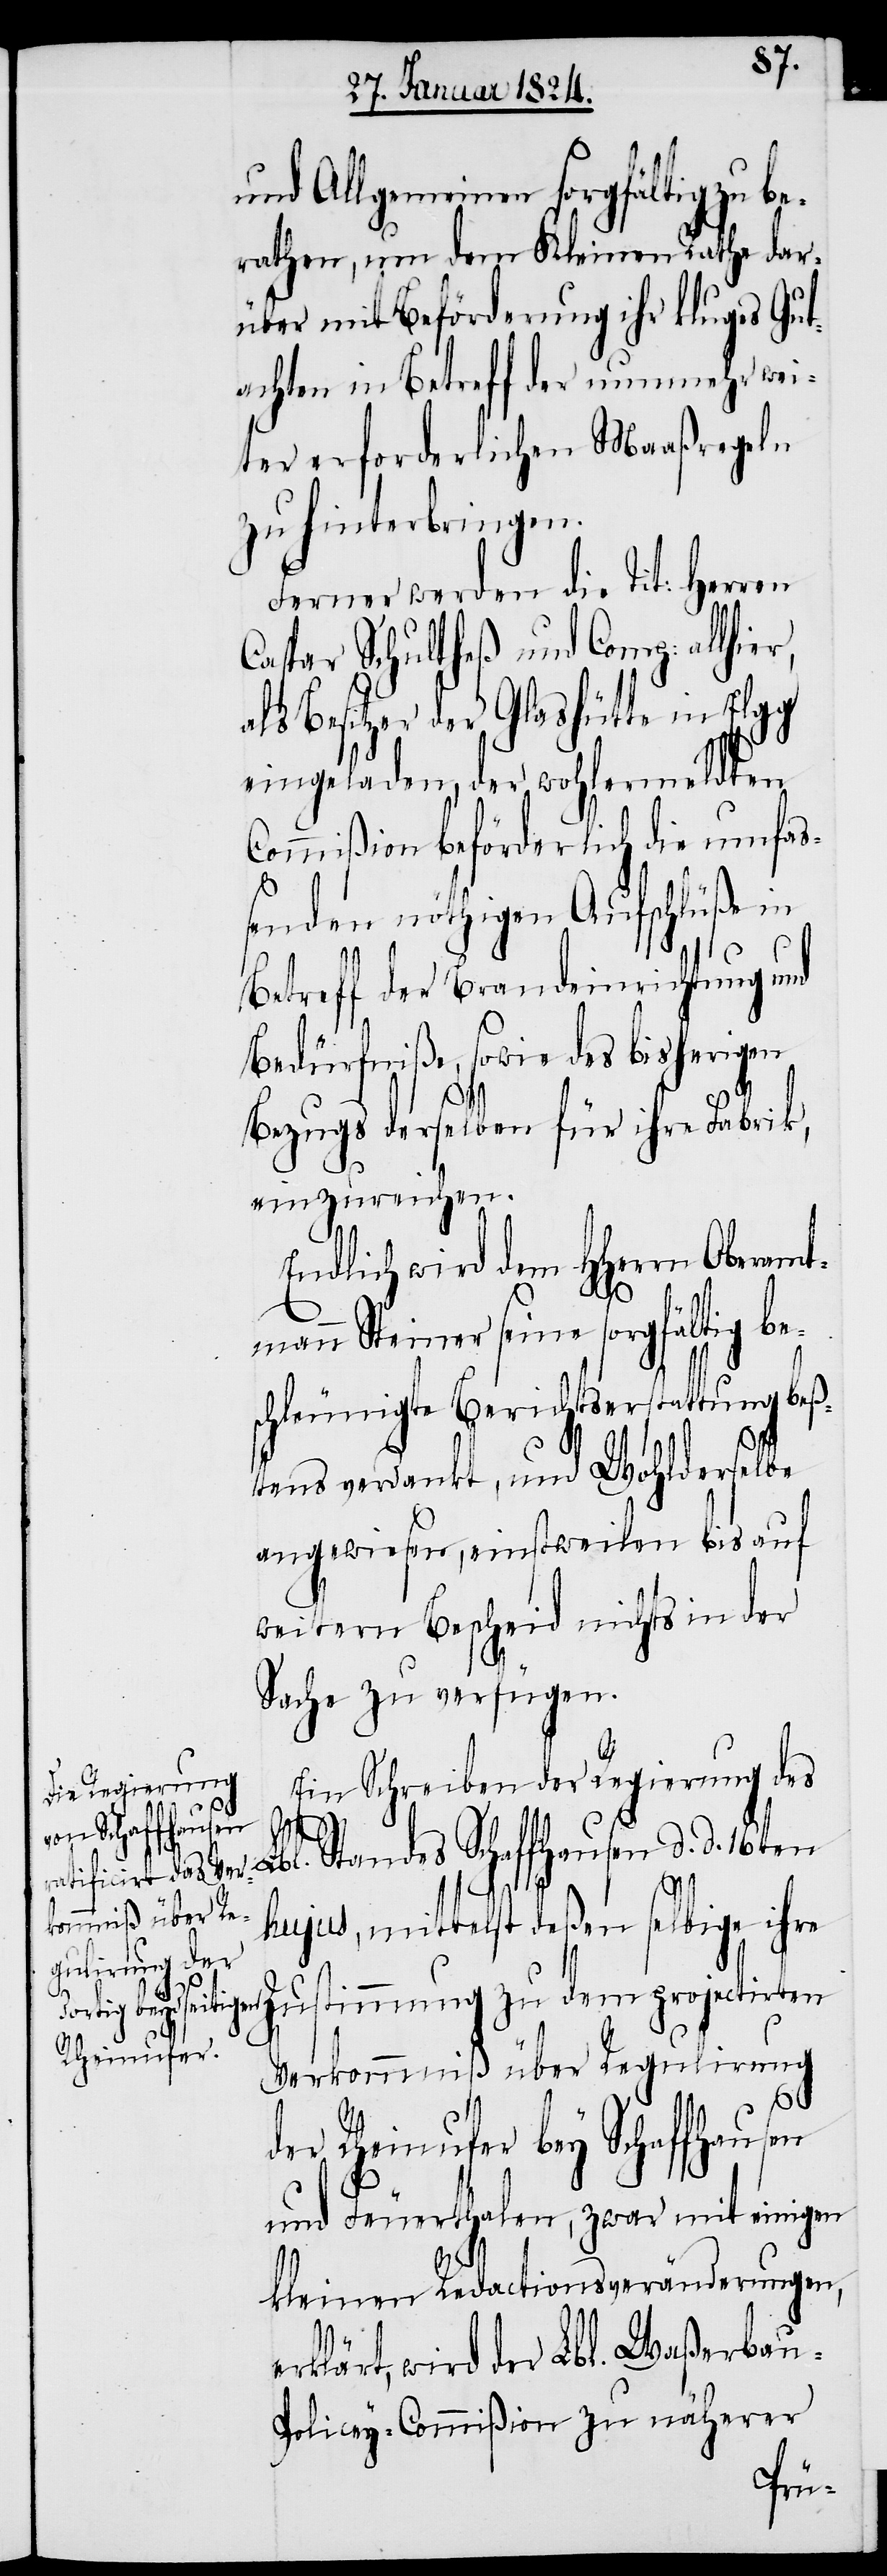
und Allgemeinen sorgfältig zu be¬
rathen, um dem Kleinen Rathe dar¬
über mit Beförderung ihr kluges Gut¬
achten in Betreff der nunmehr wei¬
ter erforderlichen Maaßregeln
zu hinterbringen.
Ferner werden die Tit: Herren
Caspar Schultheß und Comp: allhie¬
als Besitzer der Glashütte in Elgg
eingeladen, der wohlermeldten
Commißion beförderlich die umfaß¬
enden nöthigen Aufschlüße in
Betreff der Brandeinrichtung und
Bedürfniße, sowie des bisherigen
r,
Bezugs derselben für ihre Fabrik,
einzureichen.
Endlich wird dem HHerrn Oberamt¬
mann Steiner seine sorgfältig be¬
schleunigte Berichtserstattung beß¬
tens verdankt, und Wohlderselbe
angewiesen, einstweilen bis auf
weitern Bescheid nichts in der
Sache zu verfügen.
Ein Schreiben der Regierung des
Lbl. Standes Schaffhausen d. d. 16ten
hujus, mittelst deßen selbige ihre
Zustimmung zu dem projectirten
Verkommniß über Regulirung
der Rheinufer bey Schaffhausen
und Feuerthalen, zwar mit einigen
kleinen Redactionsveränderungen,
erklärt, wird der Lbl. Waßerbau-P¬
olicey-Commißion zu näherer